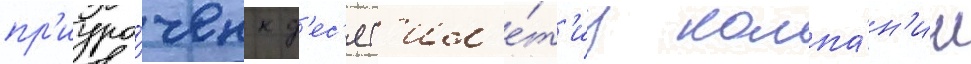
пр'иуро́чен к д'ес'ят'ил'е́т'иу компа́н'ии